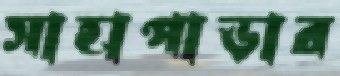
সাহাপাড়ার